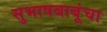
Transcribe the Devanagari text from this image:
सुभाषबाबूंचा